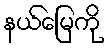
နယ်မြေကို